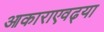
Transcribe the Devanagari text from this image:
आकाराएवढ्या